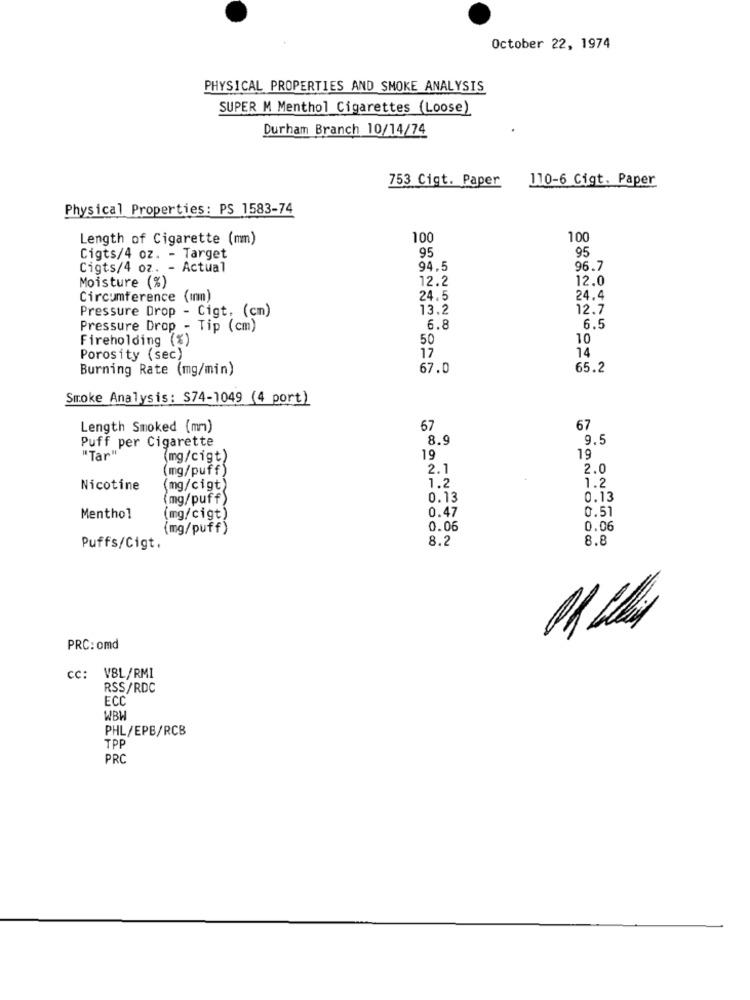
October 22, 1974
PHYSICAL PROPERTIES AND SMOKE ANALYSIS
SUPER M Menthol Cigarettes (Loose)
Durham Branch 10/14/74
753 Cigt. Paper
110-6 Cigt. Paper
Physical Properties: PS 1583-74
Length of Cigarette (mm)
100
100
95
95
Cigts/4 oz. - Target
Cigts/4 oz. - Actual
94.5
96.7
Moisture (%)
12.2
12.0
Circumference (ının)
24.5
24.4
Pressure Drop - Cigt. (cm)
13.2
12.7
Pressure Drop - Tip (cm)
6.8
6.5
Fireholding (%)
50
10
Porosity (sec)
17
14
Burning Rate (mg/min)
67.0
65.2
Smoke Analysis: S74-1049 (4 port)
Length Smoked (mm)
67
67
Puff per Cigarette
8.9
9.5
"Tar""
(mg/cigt)
19
19
(mg/puff)
2.1
2.0
1.2
1.2
Nicotine
(mg/cigt)
(mg/puff)
0.13
0.13
0.47
0,51
Menthol
(mg/cigt)
(mg/puff)
0.06
0.06
8.2
8.8
Puffs/Cigt.
PRC: omd
CC: VBL/RMI
RSS/RDC
ECC
WBH
PHL/EPB/RCB
TPP
PRC